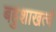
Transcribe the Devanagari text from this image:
बहुशाखत्वं